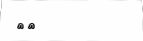
٤٢